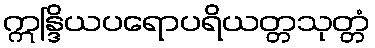
ဣန္ဒြိယပရောပရိယတ္တသုတ္တံ